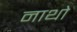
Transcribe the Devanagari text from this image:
नाथो